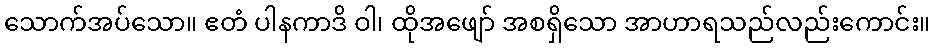
သောက်အပ်သော။ ဧတံ ပါနကာဒိ ဝါ၊ ထိုအဖျော် အစရှိသော အာဟာရသည်လည်းကောင်း။